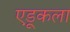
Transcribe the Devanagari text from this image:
एडूकला